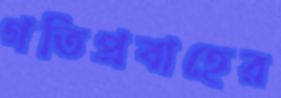
গতিপ্রবাহের